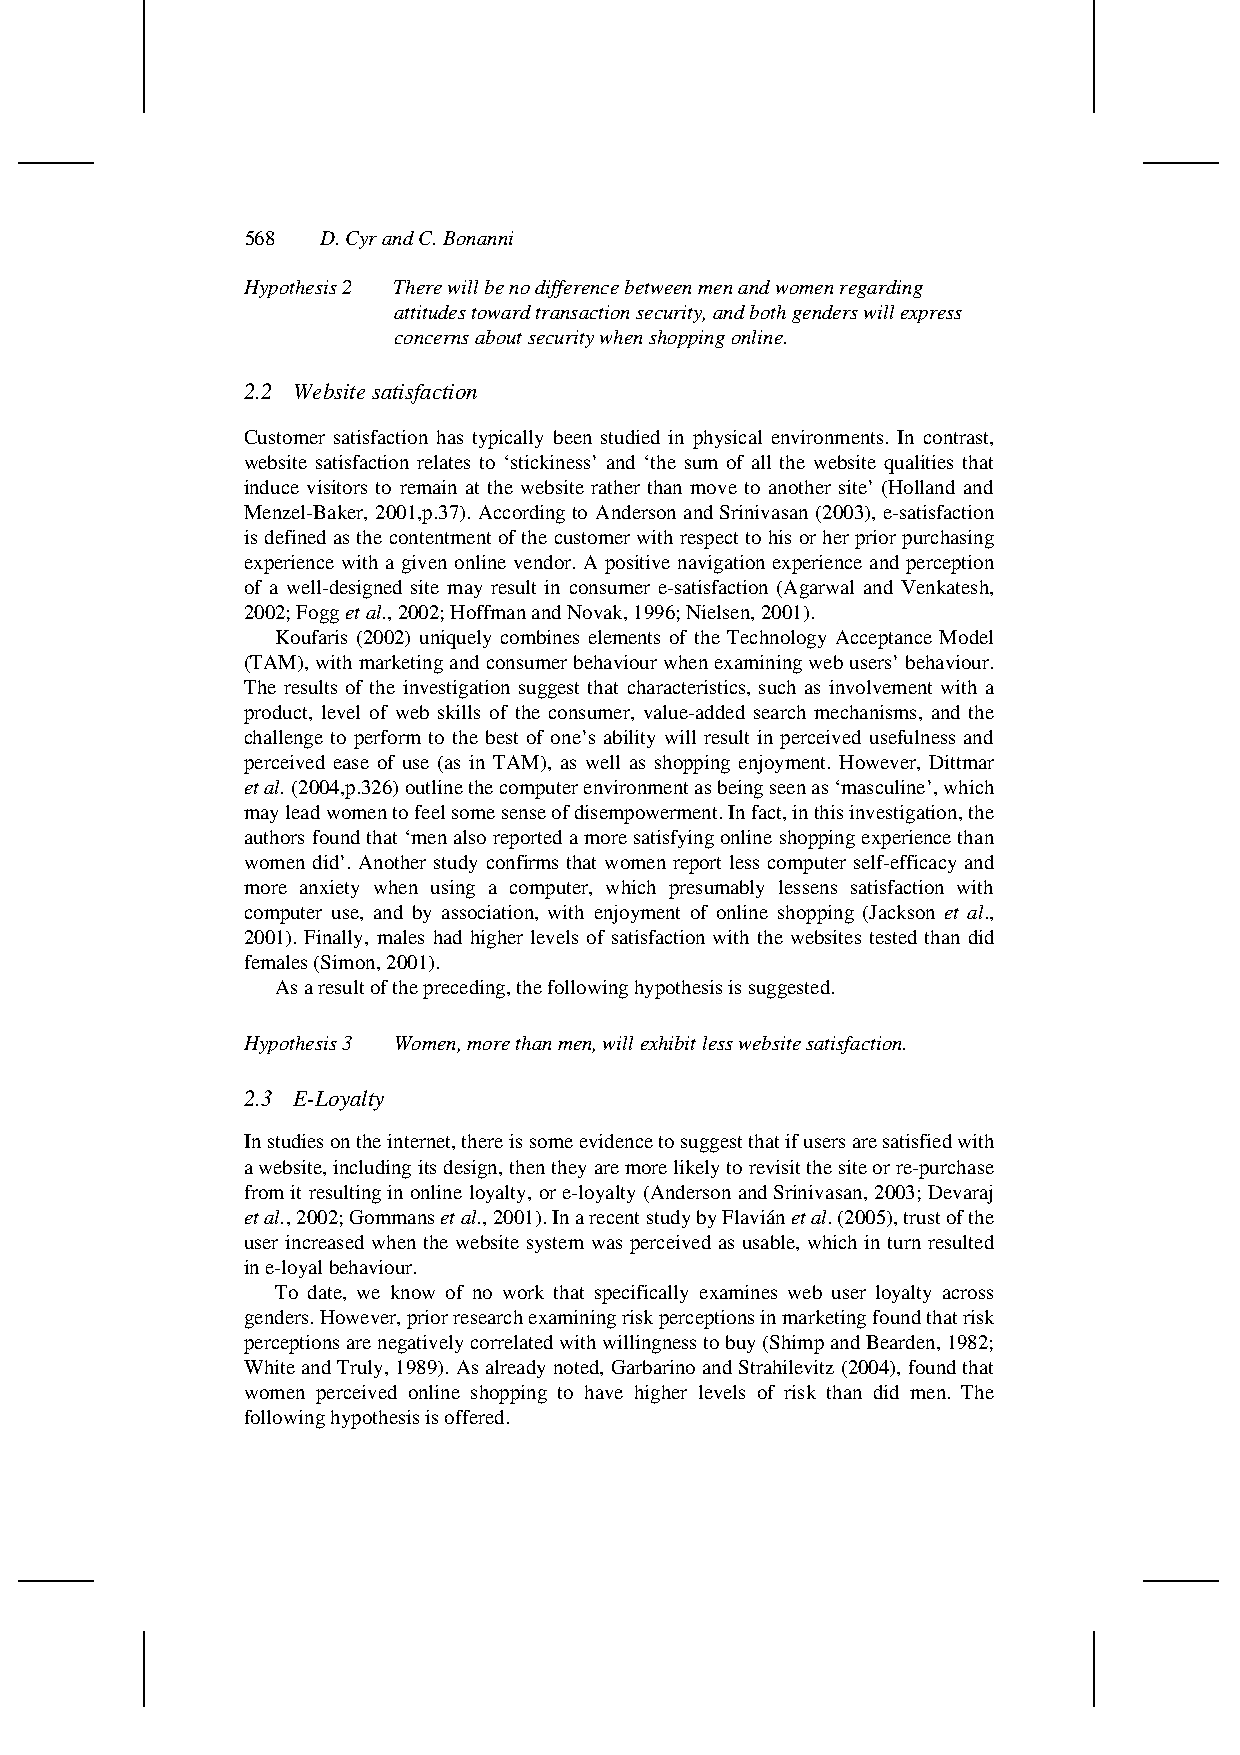
568  D. Cyr and C. Bonanni
 Hypothesis 2 There will be no difference between men and women regarding
 attitudes toward transaction security, and both genders will express
 concerns about security when shopping online.
 2.2 Website satisfaction
 Customer satisfaction has typically been studied in physical environments. In contrast,
 website satisfaction relates to ‘stickiness’ and ‘the sum of all the website qualities that
 induce visitors to remain at the website rather than move to another site’ (Holland and
 Menzel-Baker, 2001,p.37). According to Anderson and Srinivasan (2003), e-satisfaction
 is defined as the contentment of the customer with respect to his or her prior purchasing
 experience with a given online vendor. A positive navigation experience and perception
 of a well-designed site may result in consumer e-satisfaction (Agarwal and Venkatesh,
 2002; Fogg et al., 2002; Hoffman and Novak, 1996; Nielsen, 2001).
 Koufaris (2002) uniquely combines elements of the Technology Acceptance Model
 (TAM), with marketing and consumer behaviour when examining web users’ behaviour.
 The results of the investigation suggest that characteristics, such as involvement with a
 product, level of web skills of the consumer, value-added search mechanisms, and the
 challenge to perform to the best of one’s ability will result in perceived usefulness and
 perceived ease of use (as in TAM), as well as shopping enjoyment. However, Dittmar
 et al. (2004,p.326) outline the computer environment as being seen as ‘masculine’, which
 may lead women to feel some sense of disempowerment. In fact, in this investigation, the
 authors found that ‘men also reported a more satisfying online shopping experience than
 women did’. Another study confirms that women report less computer self-efficacy and
 more anxiety when using a computer, which presumably lessens satisfaction with
 computer use, and by association, with enjoyment of online shopping (Jackson et al.,
 2001). Finally, males had higher levels of satisfaction with the websites tested than did
 females (Simon, 2001).
 As a result of the preceding, the following hypothesis is suggested.
 Hypothesis 3 Women, more than men, will exhibit less website satisfaction.
 2.3 E-Loyalty
 In studies on the internet, there is some evidence to suggest that if users are satisfied with
 a website, including its design, then they are more likely to revisit the site or re-purchase
 from it resulting in online loyalty, or e-loyalty (Anderson and Srinivasan, 2003; Devaraj
 et al., 2002; Gommans et al., 2001). In a recent study by Flavián et al. (2005), trust of the
 user increased when the website system was perceived as usable, which in turn resulted
 in e-loyal behaviour.
 To date, we know of no work that specifically examines web user loyalty across
 genders. However, prior research examining risk perceptions in marketing found that risk
 perceptions are negatively correlated with willingness to buy (Shimp and Bearden, 1982;
 White and Truly, 1989). As already noted, Garbarino and Strahilevitz (2004), found that
 women perceived online shopping to have higher levels of risk than did men. The
 following hypothesis is offered.